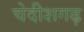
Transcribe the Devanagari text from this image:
चेदीशगढ़